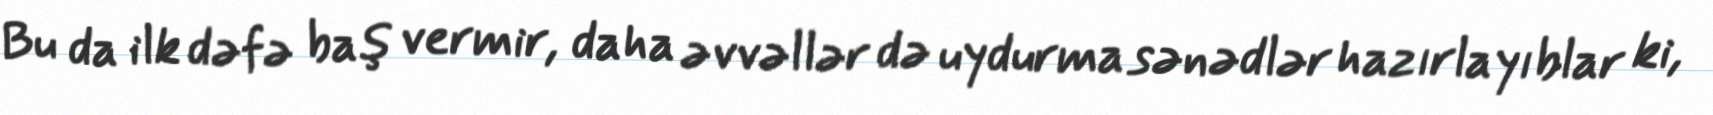
Bu da ilk dəfə baş vermir, daha əvvəllər də uydurma sənədlər hazırlayıblar ki,